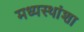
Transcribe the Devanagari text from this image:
मध्यस्थांशा